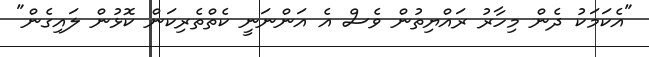
"އެކަމަކު ދެން މިހާރު ރައްޔިތުން ވެސް އެ އަންނަނީ ކެތްތެރިކަން ކޮޅުން ލައިގެން"